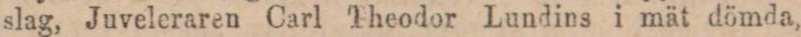
slag, Juveleraren Carl Theodor Lundins i mät dömda,